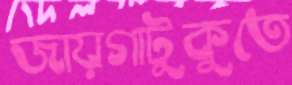
জায়গাটুকুতে